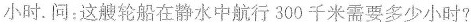
小时。问：这艘轮船在静水中航行300千米需要多少小时?